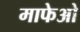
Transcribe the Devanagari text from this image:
माफेओ